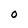
Character: O